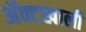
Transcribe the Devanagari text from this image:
ॲक्टखाली